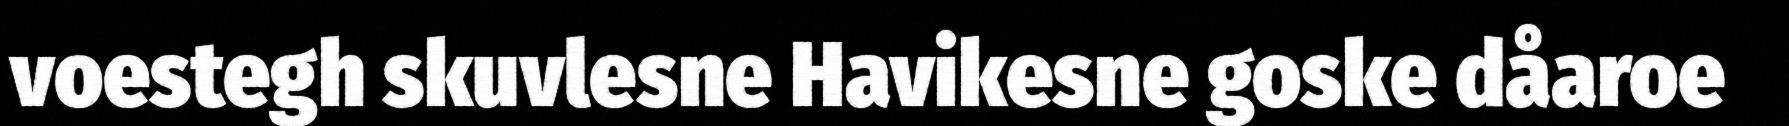
voestegh skuvlesne Havikesne goske dåaroe